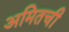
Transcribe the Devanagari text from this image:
अमितची